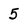
Character: 5